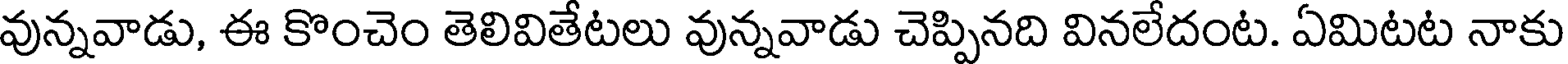
వున్నవాడు, ఈ కొంచెం తెలివితేటలు వున్నవాడు చెప్పినది వినలేదంట. ఏమిటట నాకు